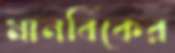
মানবিকের